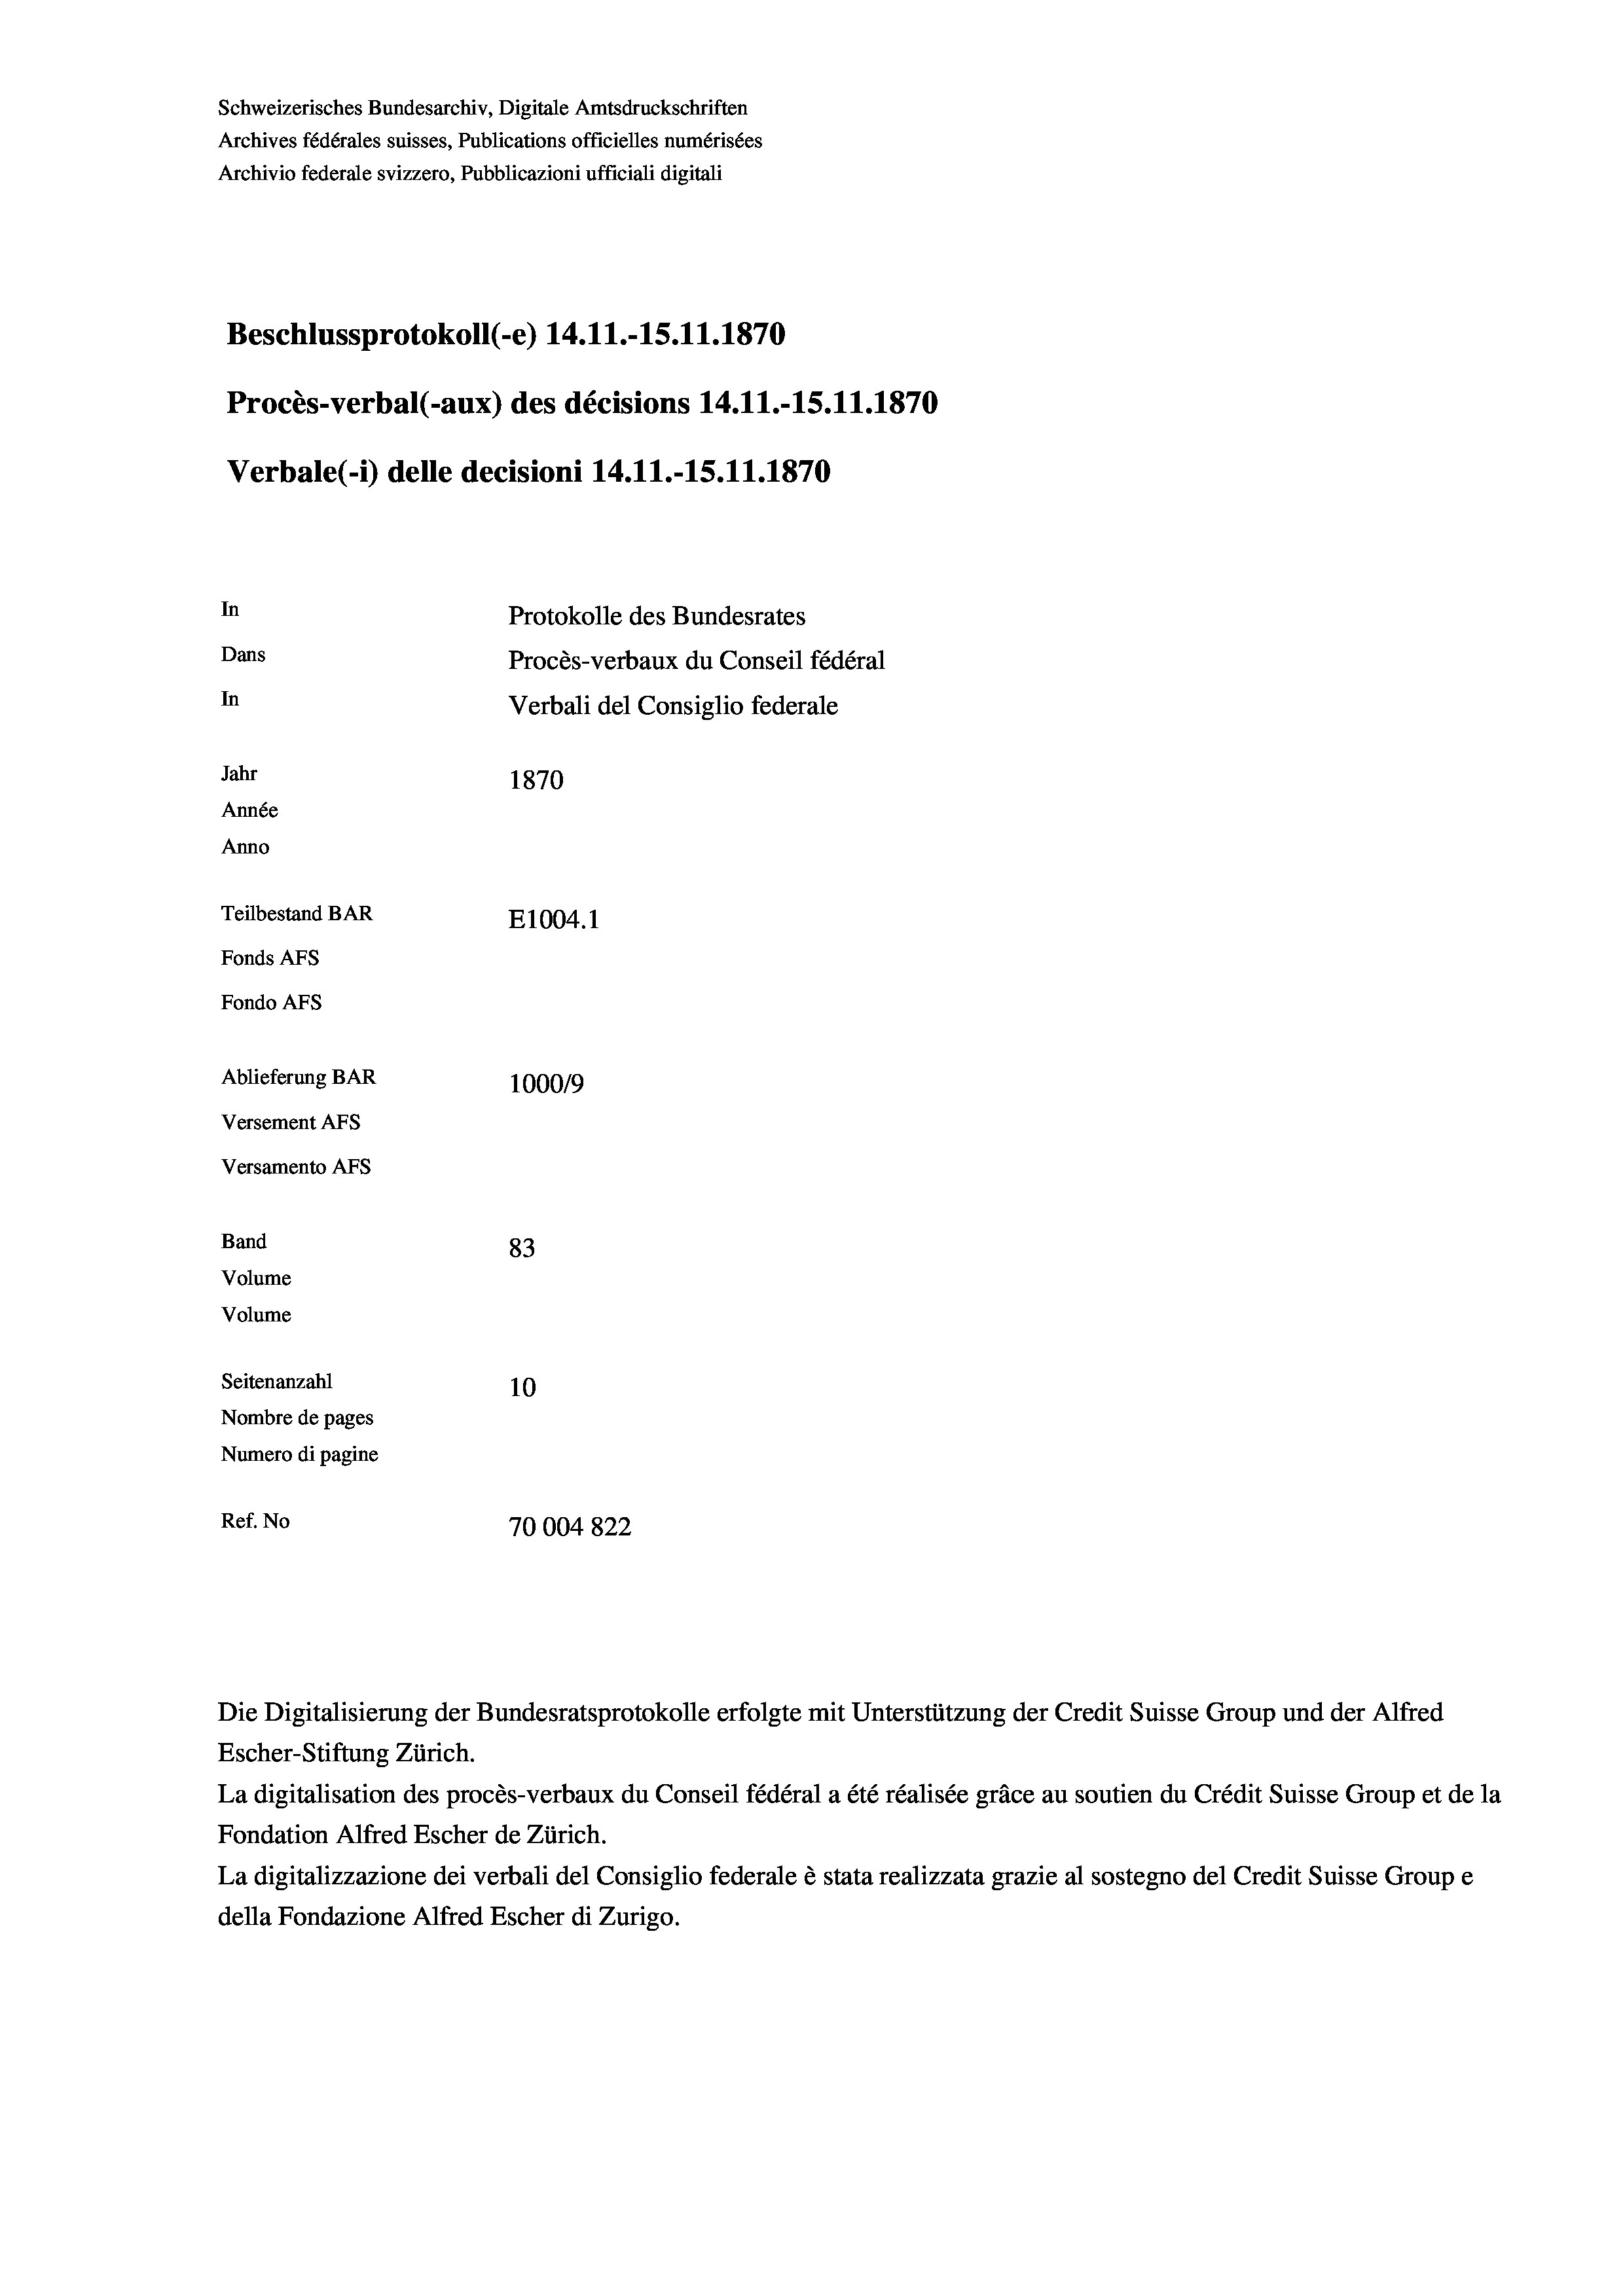
Schweizerisches Bundesarchiv, Digitale Amtsdruckschriften
Archives fédérales suisses, Publications officielles numérisées
Archivio federale svizzero, Pubblicazioni ufficiali digitali
Beschlussprotokoll (-e) 14.11.-15.11.1870
Procès-verbal (-aux) des décisions 14.11.-15.11.1870
Verbale (- 1) delle decisioni 14.11.-15.11.1870
In
Protokolle des Bundesrates
Dans
Procès-verbaux du Conseil fédéral
In
Verbali del Consiglio federale
Jahr
1870
Année
Anno
Teilbestand BAR
E1004. 1
Fonds AFs
Fondo AFs
Ablieferung BAR
100019
Versement AFs
Versamento AFs
Band
83
Volume
Volume
Seitenanzahl
10
Nombre de pages
Numero di pagine
Ref. No
70004822

Escher-Stiftung Zürich.
La digitalisation des procès-verbaux du Conseil fédéral a été réalisée gräce au soutien du Crédit Suisse Group et de la
Fondation Alfred Escher de Zürich.
La digitalizzazione dei verbali del Consiglio federale è stata realizzata grazie al sostegno del Credit Suisse Groupe
della Fondazione Alfred Escher di Zurigo.

Die Digitalisierung der Bundesratsprotokolle erfolgte mit Unterstützung der Credit Suisse Group und der Alfred